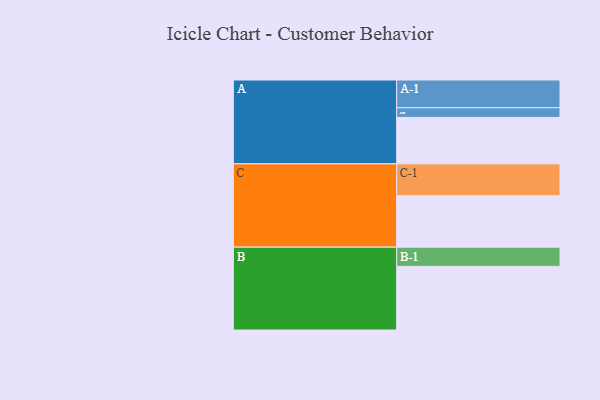
{"axis": {"x": "Segment", "y": "Value"}, "legend": ["", "A", "B", "C"], "data": [{"x": "A", "y": 365, "type": ""}, {"x": "B", "y": 500, "type": ""}, {"x": "C", "y": 404, "type": ""}, {"x": "A-1", "y": 218, "type": "A"}, {"x": "A-2", "y": 76, "type": "A"}, {"x": "B-1", "y": 151, "type": "B"}, {"x": "C-1", "y": 251, "type": "C"}]}